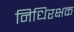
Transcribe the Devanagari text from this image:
निधिरक्षक